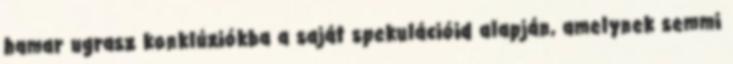
hamar ugrasz konklúziókba a saját spekulációid alapján, amelynek semmi